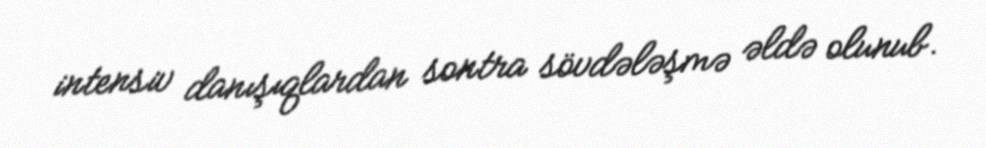
intensiv danışıqlardan sontra sövdələşmə əldə olunub.